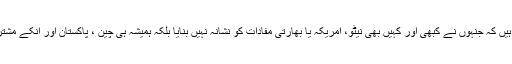
یہ تمام وہ دہشت گرد تنظیمیں ہیں کہ جنہوں نے کبھی اور کہیں بھی نیٹو، امریکہ یا بھارتی مفادات کو نشانہ نہیں بنایا بلکہ ہمیشہ ہی چین ، پاکستان اور انکے مشترکہ مفادات کو نشانہ بنایا ہے۔